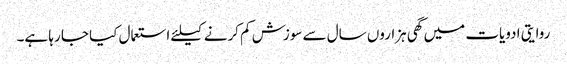
روایتی ادویات میں گھی ہزاروں سال سے سوزش کم کرنے کیلئے استعمال کیا جا رہا ہے۔